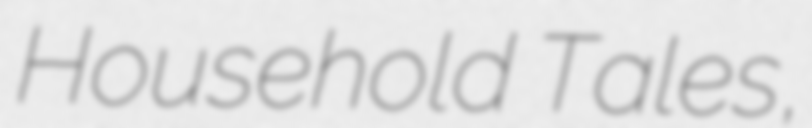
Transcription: Household Tales,